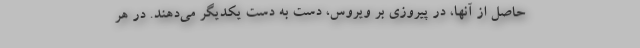
حاصل از آنها، در پیروزی بر ویروس، دست به دست یکدیگر می‌دهند. در هر